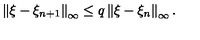
\left\| \xi - \xi _ { n + 1 } \right\| _ { \infty } \leq q \left\| \xi - \xi _ { n } \right\| _ { \infty } .